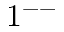
1 ^ { -- }